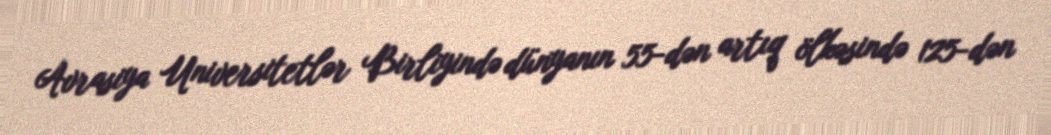
Avrasiya Universitetlər Birliyində dünyanın 55-dən artıq ölkəsində 125-dən